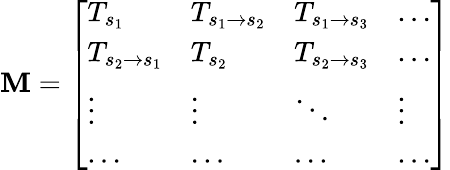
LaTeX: \mathbf{M}=\left[\begin{array}{llll}{T_{s_{1}}}&{T_{s_{1}\rightarrow s_{2}}}&{T_{s_{1}\rightarrow s_{3}}}&{\dots}\\ {T_{s_{2}\rightarrow s_{1}}}&{T_{s_{2}}}&{T_{s_{2}\rightarrow s_{3}}}&{\dots}\\ {\vdots}&{\vdots}&{\ddots}&{\vdots}\\ {\dots}&{\dots}&{\dots}&{\dots}\end{array}\right]